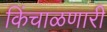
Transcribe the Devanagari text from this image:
किंचाळणारी